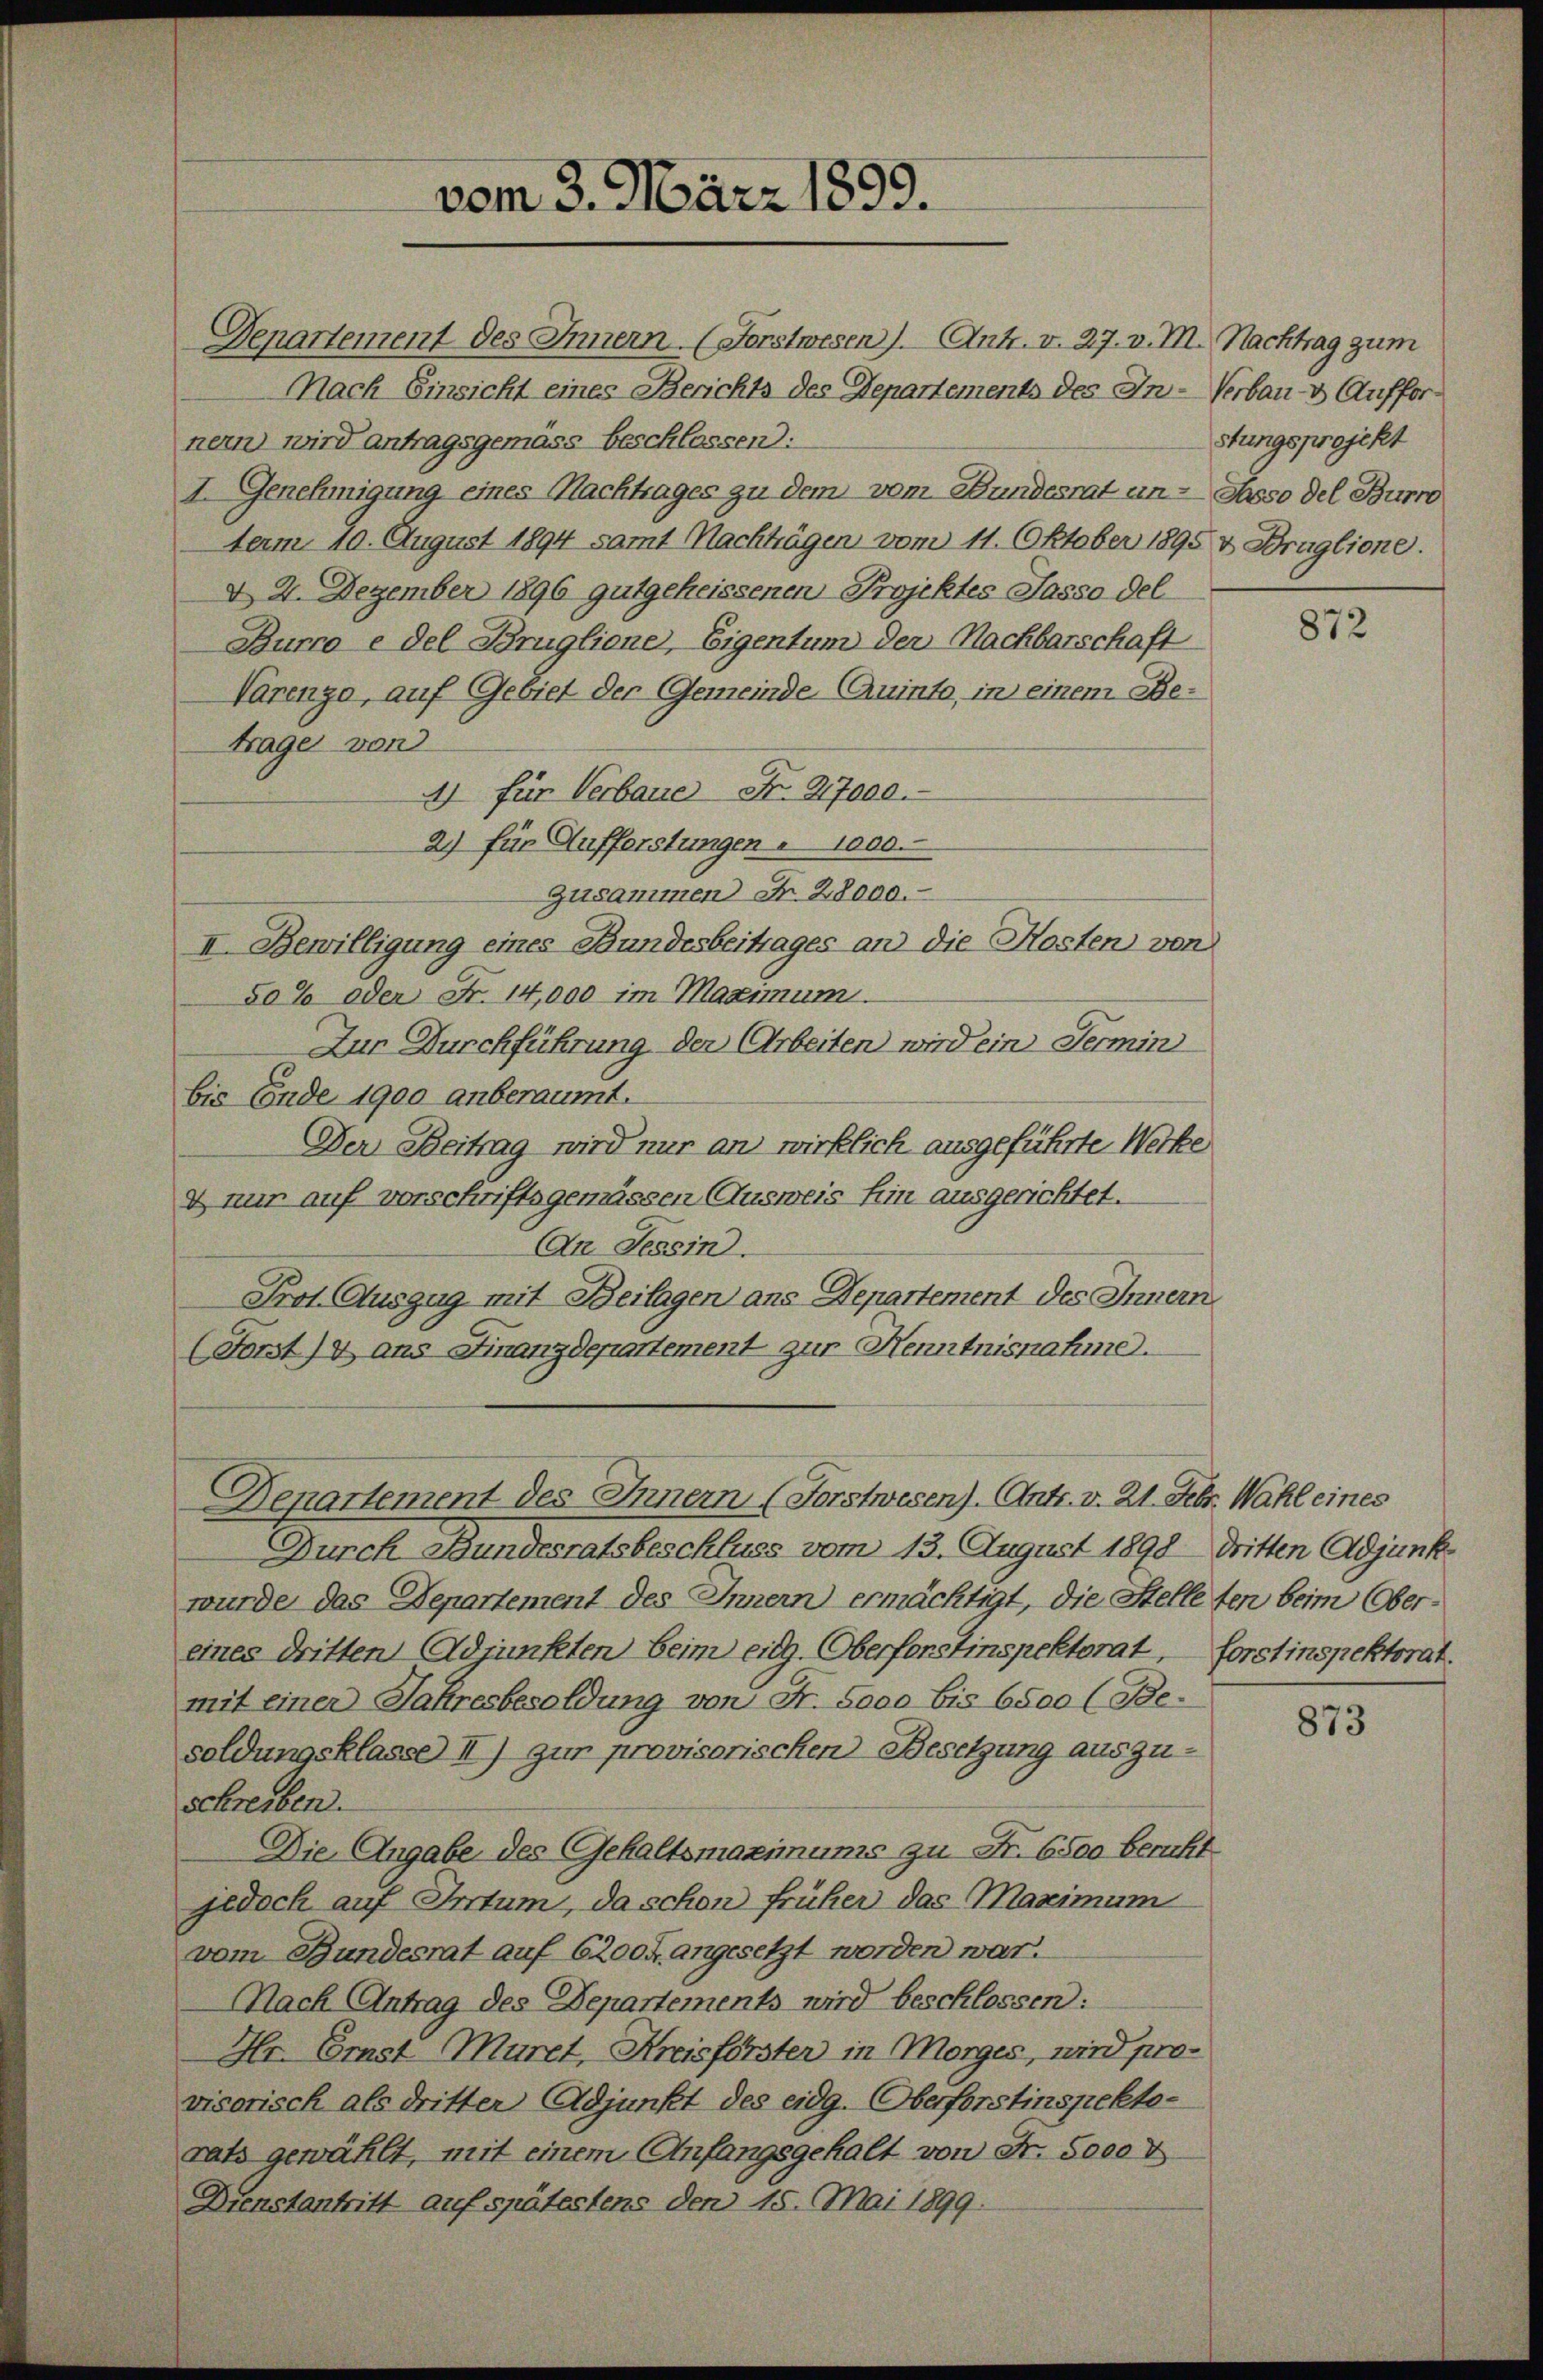
Denartement des Innern. (Forstwesen). Ant. v. 27. v. M. Nachtrag zum
Nach Einsicht eines Berichts des Departements des In- Verbau- & Auffornern wird antragsgemäss beschlossen:
I. Genehmigung eines Nachtrages zu dem vom Bundesrat un- Sasso del Burre
term 10. August 1894 samt Machträgen vom 11. Oktober 1895 v Braglione.
d 2. Dezember 1896 gutgeheissenen Projektes Jasso del
Burco e del Bruglione, Eigentum der Nachbarschaft
Varenza, auf Gebiet der Gemeinde Quinto, in einem Betrage von
4) für Verbauer Fr. 27000.
2) für Aufforstungen u. 1000.
Zusammen Fr. 28000.
II. Bewilligung eines Bundesbeitrages an die Kosten von
50% oder Fr. 14,000 im Maximum.
Zur Durchführung der Arbeiten wird ein Termin
bis Ende 1900 anberaumt.
Der Beitrag wird nur an wirklich ausgeführte Werke
& nur auf vorschriftsgemässen Ausweis Ein ausgerichtet.
An Tessin.
Prot. Auszug mit Beilagen ans Departement des Innern
(Forst)4 ans Finanzdepartement zur Henntnisnahme.

vom 3. März 1890.

Departement des Innern (Forstwesen). Antr. v. 21. Febr. Wahl eines

stungsprojekt

Durch Bundesratsbeschluss vom 13. August 1890 dritten Adjunk
wurde das Departement des Innern ermächtigt, die Stelleten beim Obereines dritten Adjunkten beim eidg. Oberforstinspektorat, forstinspektorat.
mit einer Jahresbesoldung von Fr. sooo bis 6500 (Be.
soldungsklasse II) zur provisorischen Besetzung auszu¬
Schreiben.
Die Angabe des Gehaltsmaximums zu Fr. 6500 bericht
jedoch auf Irrtum, da schon früher das Maximum
vom Bundesrat auf 6200fr. angesetzt worden war.
Nach Antrag des Departements wird beschlossen:
Hr. Erst Muret, Kreisförster in Morges, wird provisorisch als dritter Adjunkt des eidg. Oberforstinspektorats gewählt, mit einem Anfangsgehalt von Fr. 5000 V
Dienstantritt auf spätestens den 15. Mai 1899.

872

873